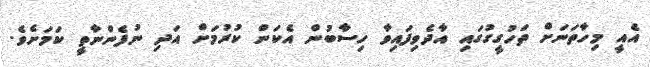
އެއީ މިހާތަނަށް ތަހުގީގުގައި އާދެވިފައިވާ ހިސާބުން އެކަން ކުރުމަށް އަދި ނުފެންނާތީ ކަމަށެވެ.